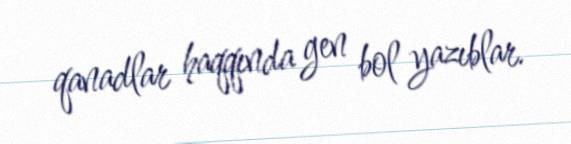
qanadlar haqqında gen bol yazıblar.